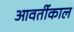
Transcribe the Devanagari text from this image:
आवर्तीकाल